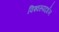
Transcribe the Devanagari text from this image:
विश्‍वरूपदर्शन